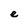
Character: e